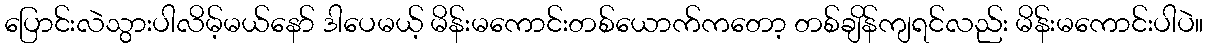
ပြောင်းလဲသွားပါလိမ့်မယ်နော် ဒါပေမယ့် မိန်းမကောင်းတစ်ယောက်ကတော့ တစ်ချိန်ကျရင်လည်း မိန်းမကောင်းပါပဲ။